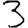
Digit: 3